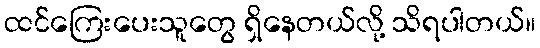
ထင်ကြေးပေးသူတွေ ရှိနေတယ်လို့ သိရပါတယ်။